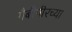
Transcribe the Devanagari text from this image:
गैबीपीरच्या